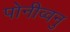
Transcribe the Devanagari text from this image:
पोनीव्वनु